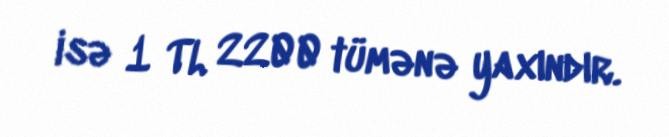
isə 1 TL 2200 tümənə yaxındır.